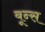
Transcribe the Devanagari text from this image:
बून्स